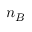
n _ { B }